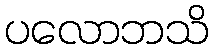
ပလောဘသိ